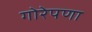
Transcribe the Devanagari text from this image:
गोरेपणा